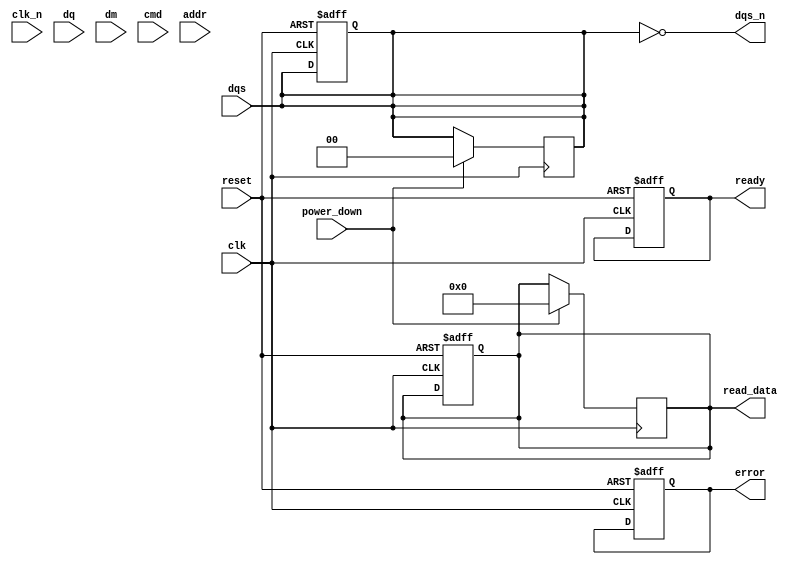
module gddr6x_io_block (
    input wire clk,           // Clock input
    input wire clk_n,        // Inverted clock input
    input wire [15:0] dq,    // Data input/output
    input wire [1:0] dqs,    // Data Strobe input/output
    output wire [1:0] dqs_n,  // Inverted Data Strobe output
    input wire [1:0] dm,      // Data Mask input
    input wire cmd,           // Command input
    input wire [3:0] addr,    // Address input
    output wire [15:0] read_data, // Read data output
    output wire ready,        // Ready signal
    output wire error,        // Error signal
    input wire reset,         // Reset signal
    input wire power_down     // Power down control
);

    // Parameters for configuration
    parameter DATA_RATE = 21; // Gbps
    parameter DQ_WIDTH = 16;   // Data width
    parameter DQS_WIDTH = 2;   // Data strobe width

    // Internal signals
    reg [DQ_WIDTH-1:0] dq_reg; // Register for data
    reg [DQS_WIDTH-1:0] dqs_reg; // Register for data strobe
    reg [DQS_WIDTH-1:0] dqs_n_reg; // Inverted data strobe
    reg ready_reg;            // Ready signal register
    reg error_reg;            // Error signal register

    // Initialization logic
    always @(posedge clk or negedge reset) begin
        if (!reset) begin
            dq_reg <= 0;
            dqs_reg <= 0;
            ready_reg <= 0;
            error_reg <= 0;
        end else begin
            // Implement initialization and configuration logic here
        end
    end

    // Control logic for read/write operations
    always @(posedge clk) begin
        if (power_down) begin
            // Logic for power down mode
            dq_reg <= 0;
            dqs_reg <= 0;
        end else begin
            // Read/Write operations
            // This is a placeholder for the actual logic
            // Implement read/write logic according to GDDR6X protocol
        end
    end

    // Signal conditioning (placeholder)
    // Implement equalization, DFE, or FE techniques here

    // Assign outputs
    assign read_data = dq_reg; // Read data output
    assign ready = ready_reg;   // Ready signal output
    assign error = error_reg;   // Error signal output
    assign dqs = dqs_reg;       // Data strobe output
    assign dqs_n = ~dqs_reg;    // Inverted data strobe output

endmodule